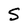
Character: S